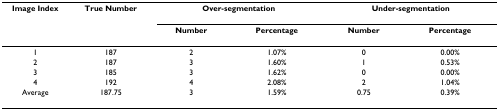
<table><thead><tr><td><b>Image Index</b></td><td><b>True Number</b></td><td colspan="2"><b>Over-segmentation</b></td><td colspan="2"><b>Under-segmentation</b></td></tr><tr><td></td><td></td><td><b>Number</b></td><td><b>Percentage</b></td><td><b>Number</b></td><td><b>Percentage</b></td></tr></thead><tbody><tr><td>1</td><td>187</td><td>2</td><td>1.07%</td><td>0</td><td>0.00%</td></tr><tr><td>2</td><td>187</td><td>3</td><td>1.60%</td><td>1</td><td>0.53%</td></tr><tr><td>3</td><td>185</td><td>3</td><td>1.62%</td><td>0</td><td>0.00%</td></tr><tr><td>4</td><td>192</td><td>4</td><td>2.08%</td><td>2</td><td>1.04%</td></tr><tr><td>Average</td><td>187.75</td><td>3</td><td>1.59%</td><td>0.75</td><td>0.39%</td></tr></tbody></table>